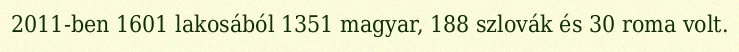
2011-ben 1601 lakosából 1351 magyar, 188 szlovák és 30 roma volt.